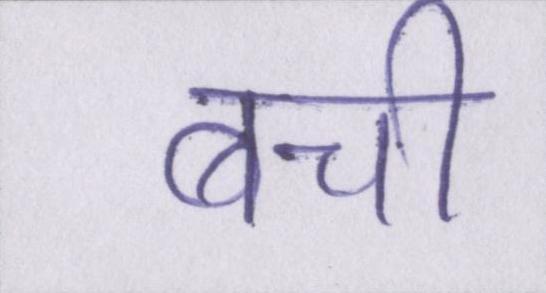
बची